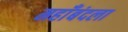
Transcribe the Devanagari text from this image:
महाँबंदला